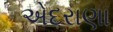
એદરાણા